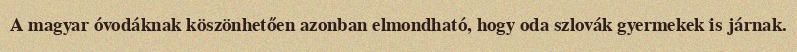
A magyar óvodáknak köszönhetően azonban elmondható, hogy oda szlovák gyermekek is járnak.